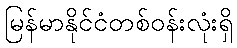
မြန်မာနိုင်ငံတစ်ဝန်းလုံးရှိ